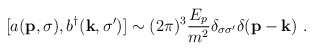
\begin{align*}[a ({\bf p},\sigma ) ,b^\dagger ({\bf k},\sigma^\prime ) ] \sim (2\pi)^3 {E_p\over m^2}\delta_{\sigma\sigma^\prime} \delta ({\bf p} - {\bf k}) \,\, .\end{align*}